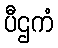
ပီဌကံ